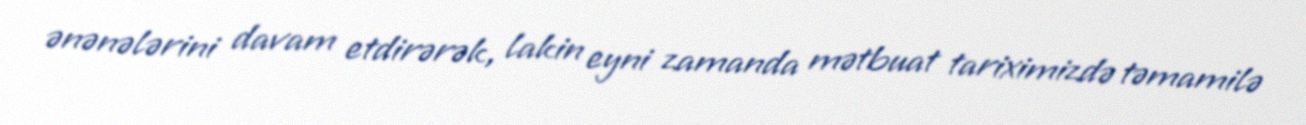
ənənələrini davam etdirərək, lakin eyni zamanda mətbuat tariximizdə təmamilə